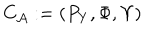
LaTeX: { { C } _ { \cal A } } : = ( P _ { Y } , \Phi , \Upsilon )